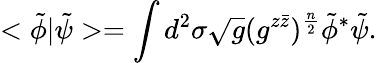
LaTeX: <\tilde{\phi}|\tilde{\psi}>=\int d^{2}\sigma\sqrt{g}(g^{z\bar{z}})^{\frac{n}{2}}\tilde{\phi}^{*}\tilde{\psi}.